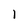
Character: I